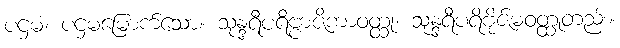
ပဌမံ၊ ပဌမမြောက်သော။ သုန္ဒရီပရိဗ္ဗာဇိကာဝတ္ထု၊ သုန္ဒရီပရိဗိုဇ်မဝတ္ထုတည်း။